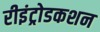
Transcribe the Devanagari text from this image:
रीइंट्रोडकशन